Sanitation, dispensaries and jails vaccination Rajputana 1922-1927 - 1922-1927
Year: 1922
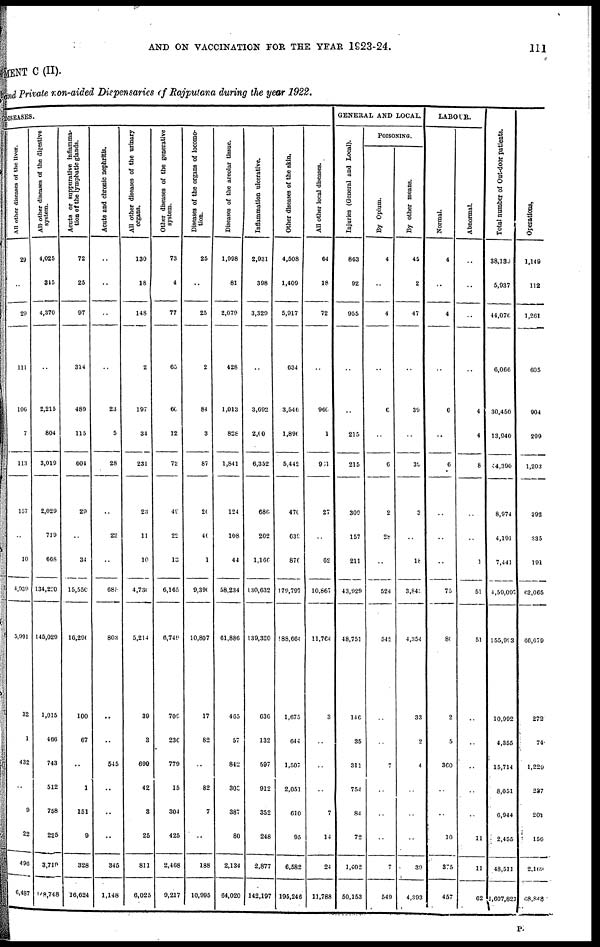
AND ON VACCINATION FOR THE YEAR 1923-24.
111
MENT C (II).
and Private non-aided Dispensaries of Rajputana during the year 1922.
DISEASES.
All other diseases of the liver.
29
..
29
111
106
7
113
157
..
10
4,039
5,991
32
1
432
..
9
22
496
6,487
All other diseases of the digestive
system.
4,025
345
4,370
..
2,215
804
3,019
2,029
719
668
134,220
145,029
1,015
466
743
512
758
225
3,719
148,748
Acute or suppurative inflamma-
tion of the lymphatic glands.
72
25
97
314
489
115
604
29
..
34
15,550
16,290
100
67
..
1
151
9
328
16,624
Acute and chronic nephritis.
..
..
..
..
23
5
28
..
22
..
685
803
..
..
545
..
..
..
345
1,148
All other diseases of the urinary
organs.
130
18
148
2
197
34
231
23
11
10
4,730
5,214
39
3
699
42
3
25
811
6,025
Other diseases of the generative
system.
73
4
77
65
60
12
72
49
22
13
6,165
6,749
709
230
779
15
304
425
2,468
9,217
Diseases of the organs of locomo¬
tion.
25
..
25
2
84
3
87
20
40
1
9,390
10,807
17
82
..
82
7
..
188
10,905
Diseases of the areolar tissue.
1,998
81
2,079
428
1,013
828
1,841
124
108
44
58,234
61,886
465
57
842
303
387
80
2,134
64,020
Inflammation ulcerative.
2,931
398
3,329
..
3,092
2,00
6,352
686
202
1,166
130,632
139,320
636
132
597
912
352
248
2,877
142,197
Other diseases of the skin.
4,508
1,409
5,917
634
3,540
1,890
5,442
470
639
876
179,797
188,664
1,675
644
1,507
2,051
610
95
6,582
195,246
All other local diseases.
64
18
72
..
960
1
961
27
..
62
10,667
11,764
3
..
..
..
7
14
24
11,788
GENERAL AND LOCAL.
Injuries (General and Local).
863
92
955
..
..
215
215
309
157
211
43,929
48,751
146
35
311
754
84
72
1,402
50,153
POISONING.
By Opium.
4
..
4
..
6
..
6
2
28
..
524
542
..
..
7
..
..
..
7
549
By other means.
45
2
47
..
39
..
39
3
..
18
3,843
4,354
33
2
4
..
..
..
39
4,393
LABOUR.
Normal.
4
..
4
..
6
..
6
..
..
..
75
80
2
5
360
..
..
10
875
457
Abnormal.
..
..
..
..
4
4
8
..
..
1
51
51
..
..
..
..
..
11
11
62
Total number of Out-door patients.
38,139
5,937
44,076
6,066
30,450
13,940
44,390
8,974
4,191
7,441
4,59,097
155,993
10,992
4,355
15,714
8,051
6,944
2,455
48,511
1,607,821
Operations.
1,149
112
1,261
605
904
299
1,203
392
335
191
62,065
66,679
272
740
1,229
237
201
156
2,169
68,848
P